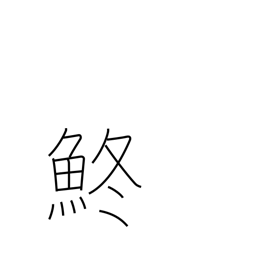
Meaning: gizzard shad